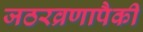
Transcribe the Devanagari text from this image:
जठरव्रणापैकी